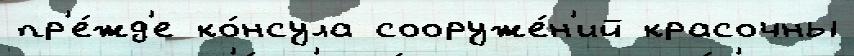
пр'е́жд'е ко́нсула сооруже́н'ий красочны